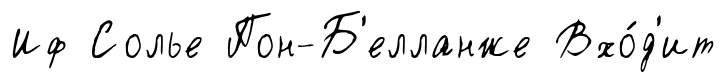
Иф Солье Пон-Б'елланже Вхо́д'ит